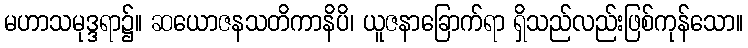
မဟာသမုဒ္ဒရာ၌။ ဆယောဇနသတိကာနိပိ၊ ယူဇနာခြောက်ရာ ရှိသည်လည်းဖြစ်ကုန်သော။